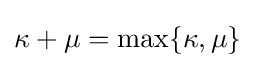
\kappa +\mu =\max\{\kappa ,\mu \}